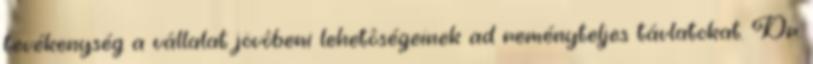
tevékenység a vállalat jövôbeni lehetôségeinek ad reményteljes távlatokat. Dr.